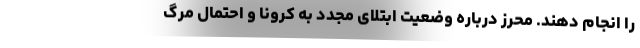
را انجام دهند. محرز درباره وضعیت ابتلای مجدد به کرونا و احتمال مرگ